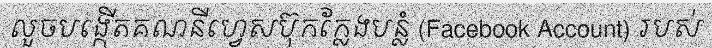
លួចបង្កើតគណនីហ្វេសប៊ុកក្លែងបន្លំ (Facebook Account) របស់